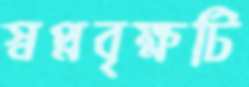
স্বপ্নবৃক্ষটি